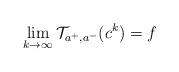
LaTeX: \begin{align*}\lim_{k\rightarrow\infty}\mathcal{T}_{a^+,a^-}(c^k)=f\end{align*}